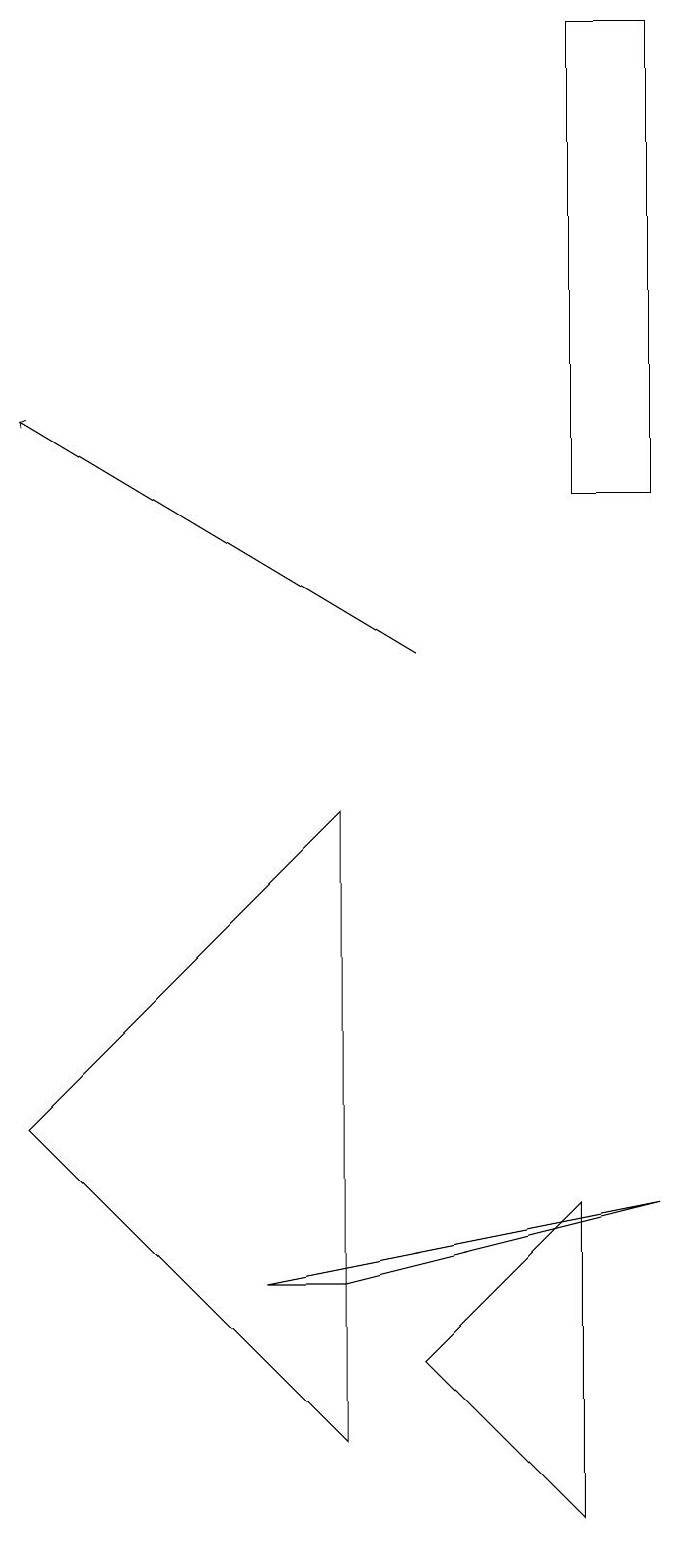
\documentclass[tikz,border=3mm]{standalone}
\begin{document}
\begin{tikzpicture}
\draw[->] (5,11) -- (0,14);
\draw (4,9) -- (4,1) -- (0,5) -- cycle;
\draw (8,4) -- (3,3) -- (4,3) -- cycle;
\draw (8,13) rectangle (7,19);
\draw (7,0) -- (7,4) -- (5,2) -- cycle;
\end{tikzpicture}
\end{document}